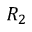
R _ { 2 }